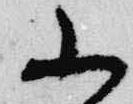
小